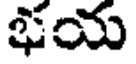
ఖయ